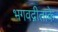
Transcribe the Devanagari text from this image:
भगवद्गीताके